Vana-Vandra_vallavalitsus, lk 35
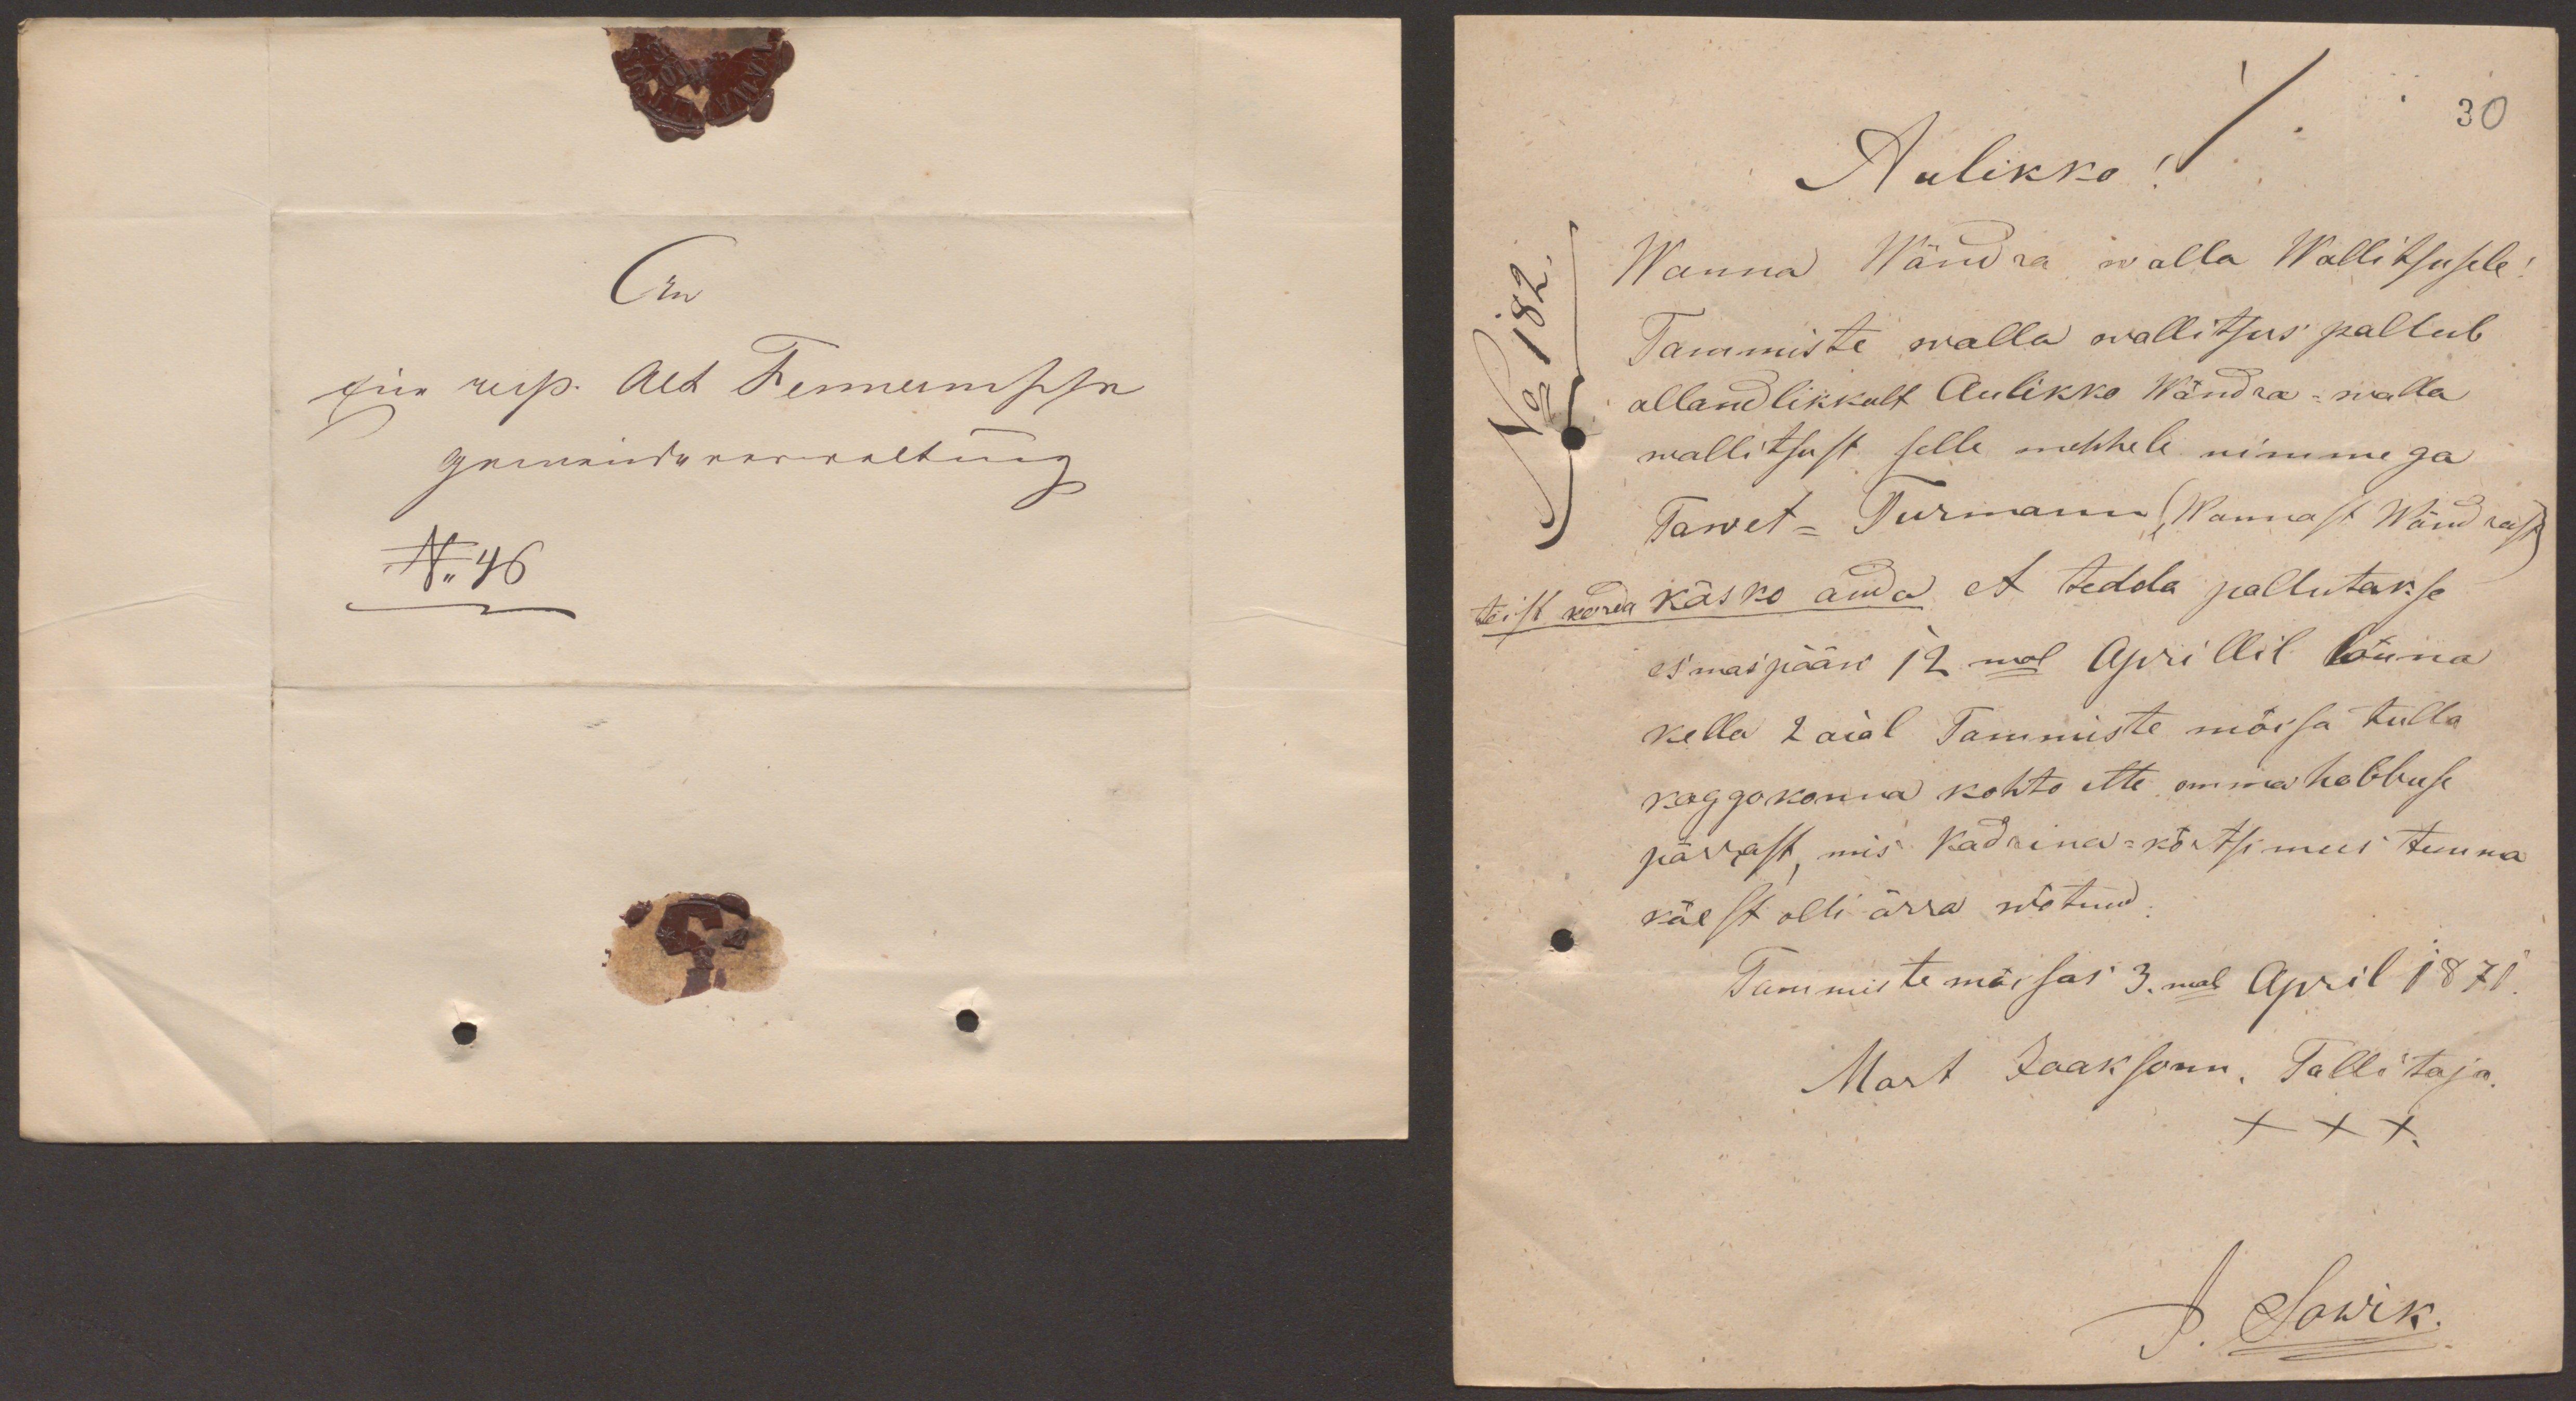
Aulikko V.
30
Wanna Wändra walla Wallitsusele
No 182
Tammiste walla wallitsus pallub
allandlikkult Aulikko Wändra-walla
wallitsust selle mehhele nimmega
Tawet - Turmann (Wannast Wändrast)
teist korda käsko anda et tedda pallutakse
esmaspääw 12mal Aprillil lõuna
kella 2 aial Tammiste mõisa tulla
koggokonna kohto ette omma hobbuse
pärrast, mis Kadrina-kõrtsimees temma
käest olli ärra wõtnud.
Tammiste mõisas 3mal April 1871
Mart Jaaksonn, Tallitaja,
XXX
J. Sawik.